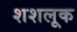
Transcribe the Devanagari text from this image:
शशलूक